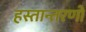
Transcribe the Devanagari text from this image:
हस्तान्तरणों